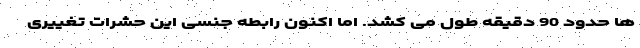
ها حدود 90 دقیقه طول می کشد. اما اکنون رابطه جنسی این حشرات تغییری